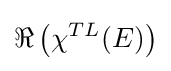
\Re \left(\chi ^{TL}(E)\right)\,\!